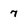
Character: 7